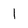
Character: l